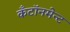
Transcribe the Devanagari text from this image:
कँटॉनमेन्ट